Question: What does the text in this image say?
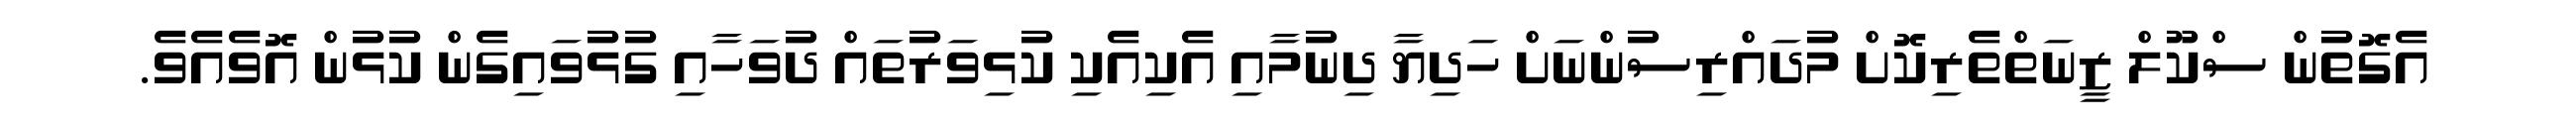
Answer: އެގޮތުން ސްކޫލް ޒީނަތްތެރިކޮށް މުދައްރިސުންނަށް ހަދިޔާ ދިނުމާއި އެކިއެކި ކުޅިވަރުތައް ދުވަހާއި ގުޅުވައިގެން ކުޅުން އޮވެއެވެ.